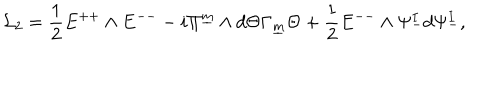
LaTeX: { \cal L } _ { 2 } = { \frac { 1 } { 2 } } E ^ { + + } \wedge E ^ { -- } - i \Pi ^ { \underline { { { m } } } } \wedge d \Theta \Gamma _ { \underline { { { m } } } } \Theta + { \frac { 1 } { 2 } } E ^ { -- } \wedge \Psi _ { - } ^ { I } d \Psi _ { - } ^ { I } , \qquad